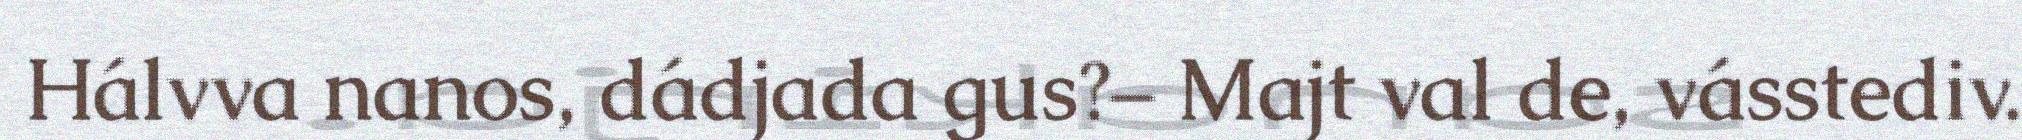
Hálvva nanos, dádjada gus?– Majt val de, vásstediv.